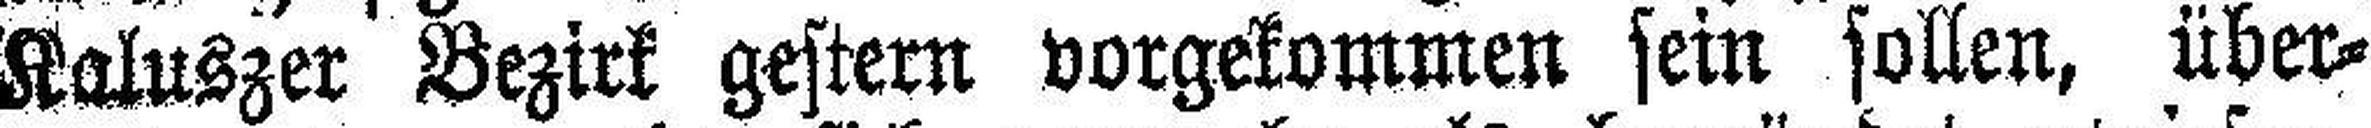
Kaluszer Bezirk gestern vorgekommen sein sollen, über¬